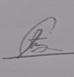
Signature authenticity: genuine